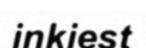
inkiest